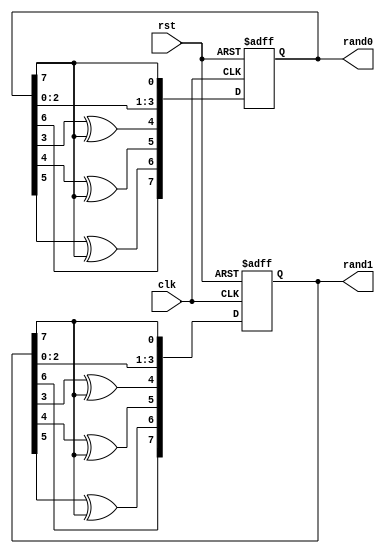
module rand_number(clk,rst,rand0,rand1);//two rand number
input clk,rst;
output [7:0]rand0,rand1;
reg [7:0]rand0,rand1;

always@(posedge clk or negedge rst)
begin
	if(!rst)
	begin
		rand0 <= 8'b00001111;
		rand1 <= 8'b11000011;
	end
	else
	begin
	rand0[0] <= rand0[7];
	rand0[1] <= rand0[0];
	rand0[2] <= rand0[1];
	rand0[3] <= rand0[2];
	rand0[4] <= rand0[3]^rand0[7];
	rand0[5] <= rand0[4]^rand0[7];
	rand0[6] <= rand0[5]^rand0[7];
	rand0[7] <= rand0[6];
	
	rand1[0] <= rand1[7];
	rand1[1] <= rand1[0];
	rand1[2] <= rand1[1];
	rand1[3] <= rand1[2];
	rand1[4] <= rand1[3]^rand1[7];
	rand1[5] <= rand1[4]^rand1[7];
	rand1[6] <= rand1[5]^rand1[7];
	rand1[7] <= rand1[6];
	end
	
end
endmodule